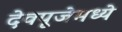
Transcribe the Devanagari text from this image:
देवपूजेमध्ये